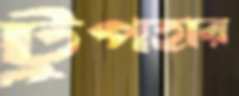
টুপহার